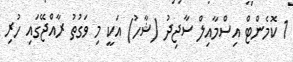
1 ކޮމެންޓް އިސްމާއިލް ސާޖިދު (ޝާހު) އަކީ މި ވަގުތު ރާއްޖޭގައި ހުރި